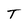
Character: T